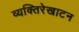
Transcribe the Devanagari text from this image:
व्यक्तिरेखाटन